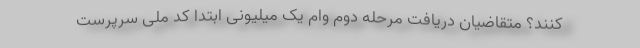
کنند؟ متقاضیان دریافت مرحله دوم وام یک میلیونی ابتدا کد ملی سرپرست